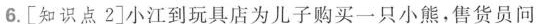
6.\left[知识点2\right]小江到玩具店为儿子购买一只小熊，售货员问